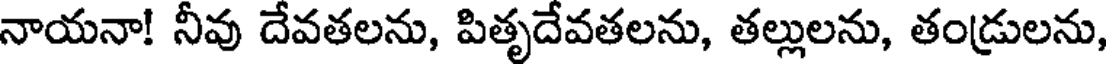
నాయనా! నీవు దేవతలను, పితృదేవతలను, తల్లులను, తండ్రులను,